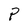
Character: P